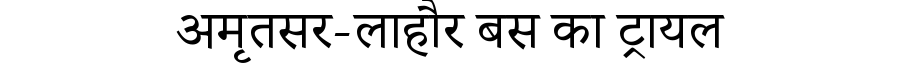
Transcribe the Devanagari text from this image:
अमृतसर-लाहौर बस का ट्रायल